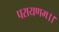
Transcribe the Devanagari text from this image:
परायणम।।